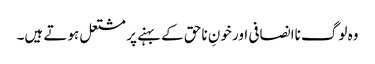
وہ لوگ ناانصافی اور خونِ ناحق کے بہنے پر مشتعل ہوتے ہیں۔